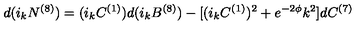
d ( i _ { k } N ^ { ( 8 ) } ) = ( i _ { k } C ^ { ( 1 ) } ) d ( i _ { k } B ^ { ( 8 ) } ) - [ ( i _ { k } C ^ { ( 1 ) } ) ^ { 2 } + e ^ { - 2 \phi } k ^ { 2 } ] d C ^ { ( 7 ) }